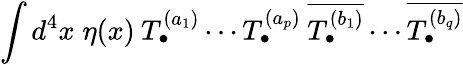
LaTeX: \int d^{4}x\; \eta(x)\: T_{\bullet}^{(a_{1})}\cdots T_{\bullet}^{(a_{p})}\: \overline{{{T_{\bullet}^{(b_{1})}}}}\cdots\overline{{{T_{\bullet}^{(b_{q})}}}}